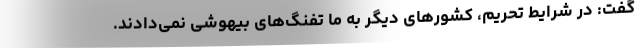
گفت: در شرایط تحریم، کشورهای دیگر به ما تفنگ‌های بیهوشی نمی‌دادند.